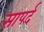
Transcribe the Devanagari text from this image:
सापर्द